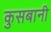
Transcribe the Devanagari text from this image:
कुसबानी